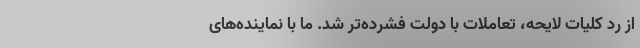
از رد کلیات لایحه، تعاملات با دولت فشرده‌تر شد. ما با نماینده‌های